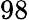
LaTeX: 98